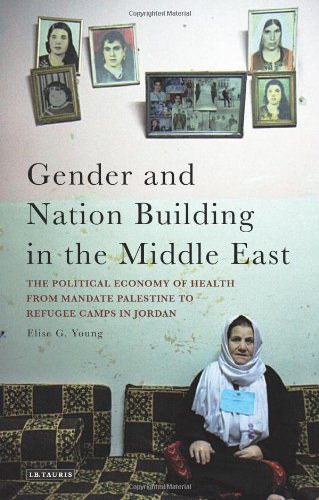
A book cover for Gender and Nation Building in the Middle East: The Political Economy of Health from Mandate Palestine to Refugee Camps in Jordan (Library of Modern Middle East Studies); Elise G. Young; History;